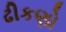
ઢીકણો